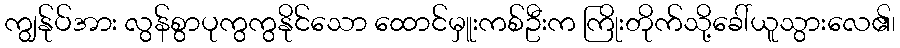
ကျွန်ုပ်အား လွန်စွာပုကွကွနိုင်သော ထောင်မှူးကစ်ဦးက ကြိုးတိုက်သို့ခေါ်ယူသွားလေ၏၊